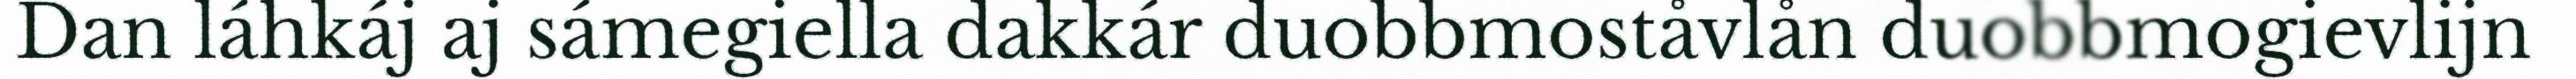
Dan láhkáj aj sámegiella dakkár duobbmoståvlån duobbmogievlijn